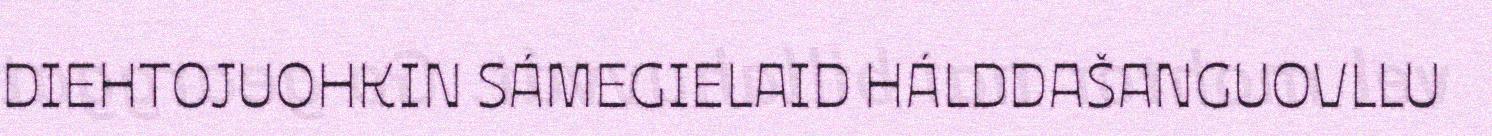
DIEHTOJUOHKIN SÁMEGIELAID HÁLDDAŠANGUOVLLU